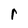
Character: r